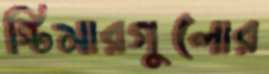
স্টিমারগুলোর